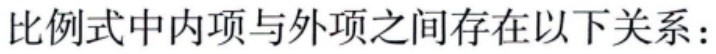
比例式中内项与外项之间存在以下关系：